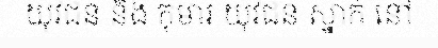
យុវជន និង កុមារ យុវជន ស្នាក់ នៅ